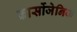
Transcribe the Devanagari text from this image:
कार्सोजेनिक